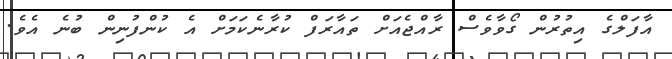
އާފަލްގެ އިތުރުން ގޯވާވެސް ރާއްޖެއަށް ތައާރަފް ކުރާނެކަމަށް އެ ކުންފުނިން ބުނެ އެވެ.